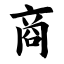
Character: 商